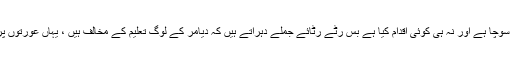
افسوس اس بات کا ہے کہ آج تک ہم نے اس بارے نہ سوچا ہے اور نہ ہی کوئی اقدام کیا ہے بس رٹے رٹائے جملے دہراتے ہیں کہ دیامر کے لوگ تعلیم کے مخالف ہیں ، یہاں عورتوں پر ظلم ہوتا ہے ، خاندانی دشمنیاں سالوں سال چلتی ہیں۔